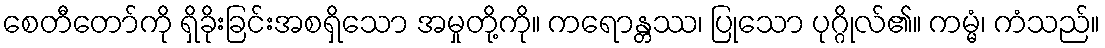
စေတီတော်ကို ရှိခိုးခြင်းအစရှိသော အမှုတို့ကို။ ကရောန္တဿ၊ ပြုသော ပုဂ္ဂိုလ်၏။ ကမ္မံ၊ ကံသည်။